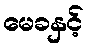
မေခနှင့်